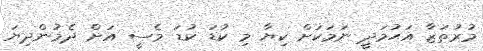
މުރުތަޒާ އަޙުމަދީ ނަމަކަށް ކިޔާ މި ކުޑަ ކުޑަ މެސީ އަށް ދެމުންދިޔަ